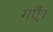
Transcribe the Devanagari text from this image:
गएँ।